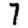
Digit: 7